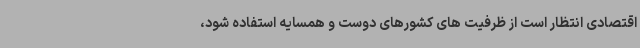
اقتصادی انتظار است از ظرفیت های کشورهای دوست و همسایه استفاده شود،